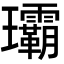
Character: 𤫦